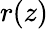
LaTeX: r(z)